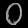
Digit: ၀